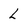
Character: L